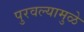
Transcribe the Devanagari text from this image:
पुरवल्यामुळे